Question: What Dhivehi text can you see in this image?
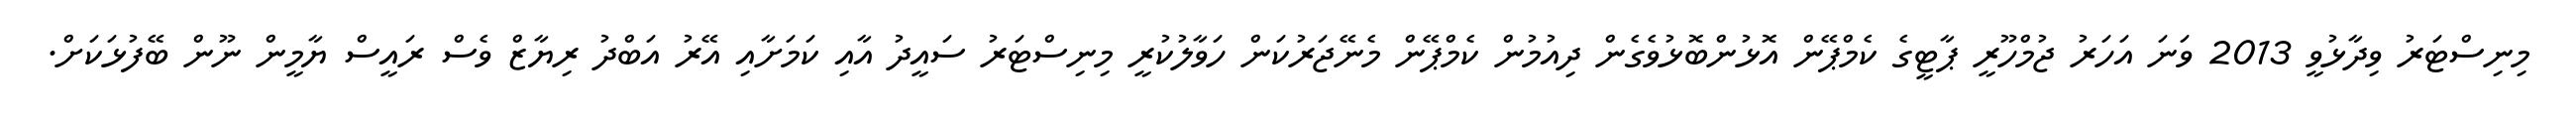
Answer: މިނިސްޓަރު ވިދާޅުވީ 2013 ވަނަ އަހަރު ޖުމްހޫރީ ޕާޓީގެ ކެމްޕޭން އޮޅުންބޮޅުވެގެން ދިއުމުން ކެމްޕޭން މެނޭޖަރުކަން ހަވާލުކުރީ މިނިސްޓަރު ސައީދު އާއި ކަމަށާއި އޭރު އަބްދު ރިޔާޒް ވެސް ރައީސް ޔާމީން ނޫން ބޭފުޅަކަށް.